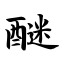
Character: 醚